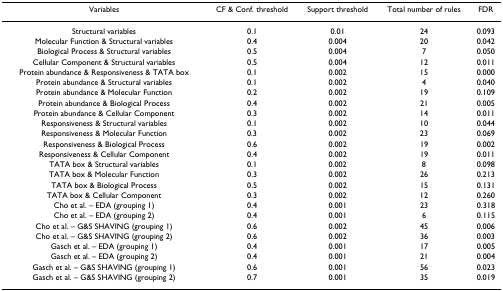
| Variables | CF & Conf. threshold | Support threshold | Total number of rules | FDR |
 | --- | --- | --- | --- | --- |
 | Structural variables | 0.1 | 0.01 | 24 | 0.093 |
 | Molecular Function & Structural variables | 0.4 | 0.004 | 20 | 0.042 |
 | Biological Process & Structural variables | 0.5 | 0.004 | 7 | 0.050 |
 | Cellular Component & Structural variables | 0.5 | 0.004 | 12 | 0.011 |
 | Protein abundance & Responsiveness & TATA box | 0.1 | 0.002 | 15 | 0.000 |
 | Protein abundance & Structural variables | 0.1 | 0.002 | 4 | 0.040 |
 | Protein abundance & Molecular Function | 0.2 | 0.002 | 19 | 0.109 |
 | Protein abundance & Biological Process | 0.4 | 0.002 | 21 | 0.005 |
 | Protein abundance & Cellular Component | 0.3 | 0.002 | 14 | 0.011 |
 | Responsiveness & Structural variables | 0.1 | 0.002 | 10 | 0.044 |
 | Responsiveness & Molecular Function | 0.3 | 0.002 | 23 | 0.069 |
 | Responsiveness & Biological Process | 0.6 | 0.002 | 19 | 0.002 |
 | Responsiveness & Cellular Component | 0.4 | 0.002 | 19 | 0.011 |
 | TATA box & Structural variables | 0.1 | 0.002 | 8 | 0.098 |
 | TATA box & Molecular Function | 0.3 | 0.002 | 26 | 0.213 |
 | TATA box & Biological Process | 0.5 | 0.002 | 15 | 0.131 |
 | TATA box & Cellular Component | 0.3 | 0.002 | 12 | 0.260 |
 | Cho et al. – EDA (grouping 1) | 0.4 | 0.001 | 23 | 0.318 |
 | Cho et al. – EDA (grouping 2) | 0.4 | 0.001 | 6 | 0.115 |
 | Cho et al. – G&S SHAVING (grouping 1) | 0.6 | 0.002 | 45 | 0.006 |
 | Cho et al. – G&S SHAVING (grouping 2) | 0.6 | 0.002 | 36 | 0.003 |
 | Gasch et al. – EDA (grouping 1) | 0.4 | 0.001 | 17 | 0.005 |
 | Gasch et al. – EDA (grouping 2) | 0.4 | 0.001 | 21 | 0.004 |
 | Gasch et al. – G&S SHAVING (grouping 1) | 0.6 | 0.001 | 56 | 0.023 |
 | Gasch et al. – G&S SHAVING (grouping 2) | 0.7 | 0.001 | 35 | 0.019 |